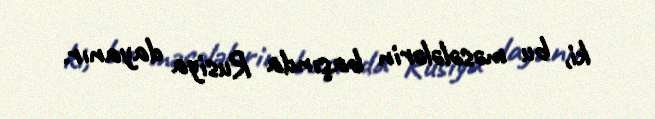
ki, bu məsələlərin başında Rusiya dayanır.